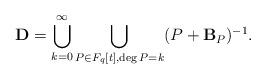
LaTeX: \begin{align*} {\bf D} = \bigcup_{ k=0}^{\infty} \bigcup_{P \in F_{q}[t], \deg P = k} (P + {\bf B}_P)^{-1} . \end{align*}